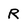
Character: R